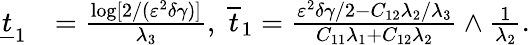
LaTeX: \begin{array}{rl}{\underline{{t}}_{1}}&{=\frac{\log[2/(\varepsilon^{2}\delta\gamma)]}{\lambda_{3}},~\overline{{t}}_{1}=\frac{\varepsilon^{2}\delta\gamma/2-C_{12}\lambda_{2}/\lambda_{3}}{C_{11}\lambda_{1}+C_{12}\lambda_{2}}\wedge\frac{1}{\lambda_{2}}.}\end{array}